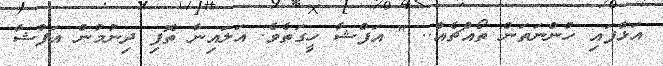
އަޅާފައި ހުންނަތަން ތޯއްޗެއް.. " އަފްޝާ ހީގަތެވެ. އަލައިނާ ތޮފި ދިނުމުން އަފްޝާ